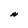
Character: N